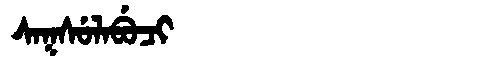
Manchu: ᠰᠠᡴᠰᡠᠯᠠᠪᡠᠴᡳ
Romanization: SAKSULABUCI